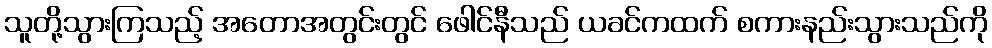
သူတို့သွားကြသည့် အတောအတွင်းတွင် ဖေါင်နီသည် ယခင်ကထက် စကားနည်းသွားသည်ကို